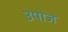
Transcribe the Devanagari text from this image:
उपाज